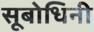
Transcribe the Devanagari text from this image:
सूबोधिनी